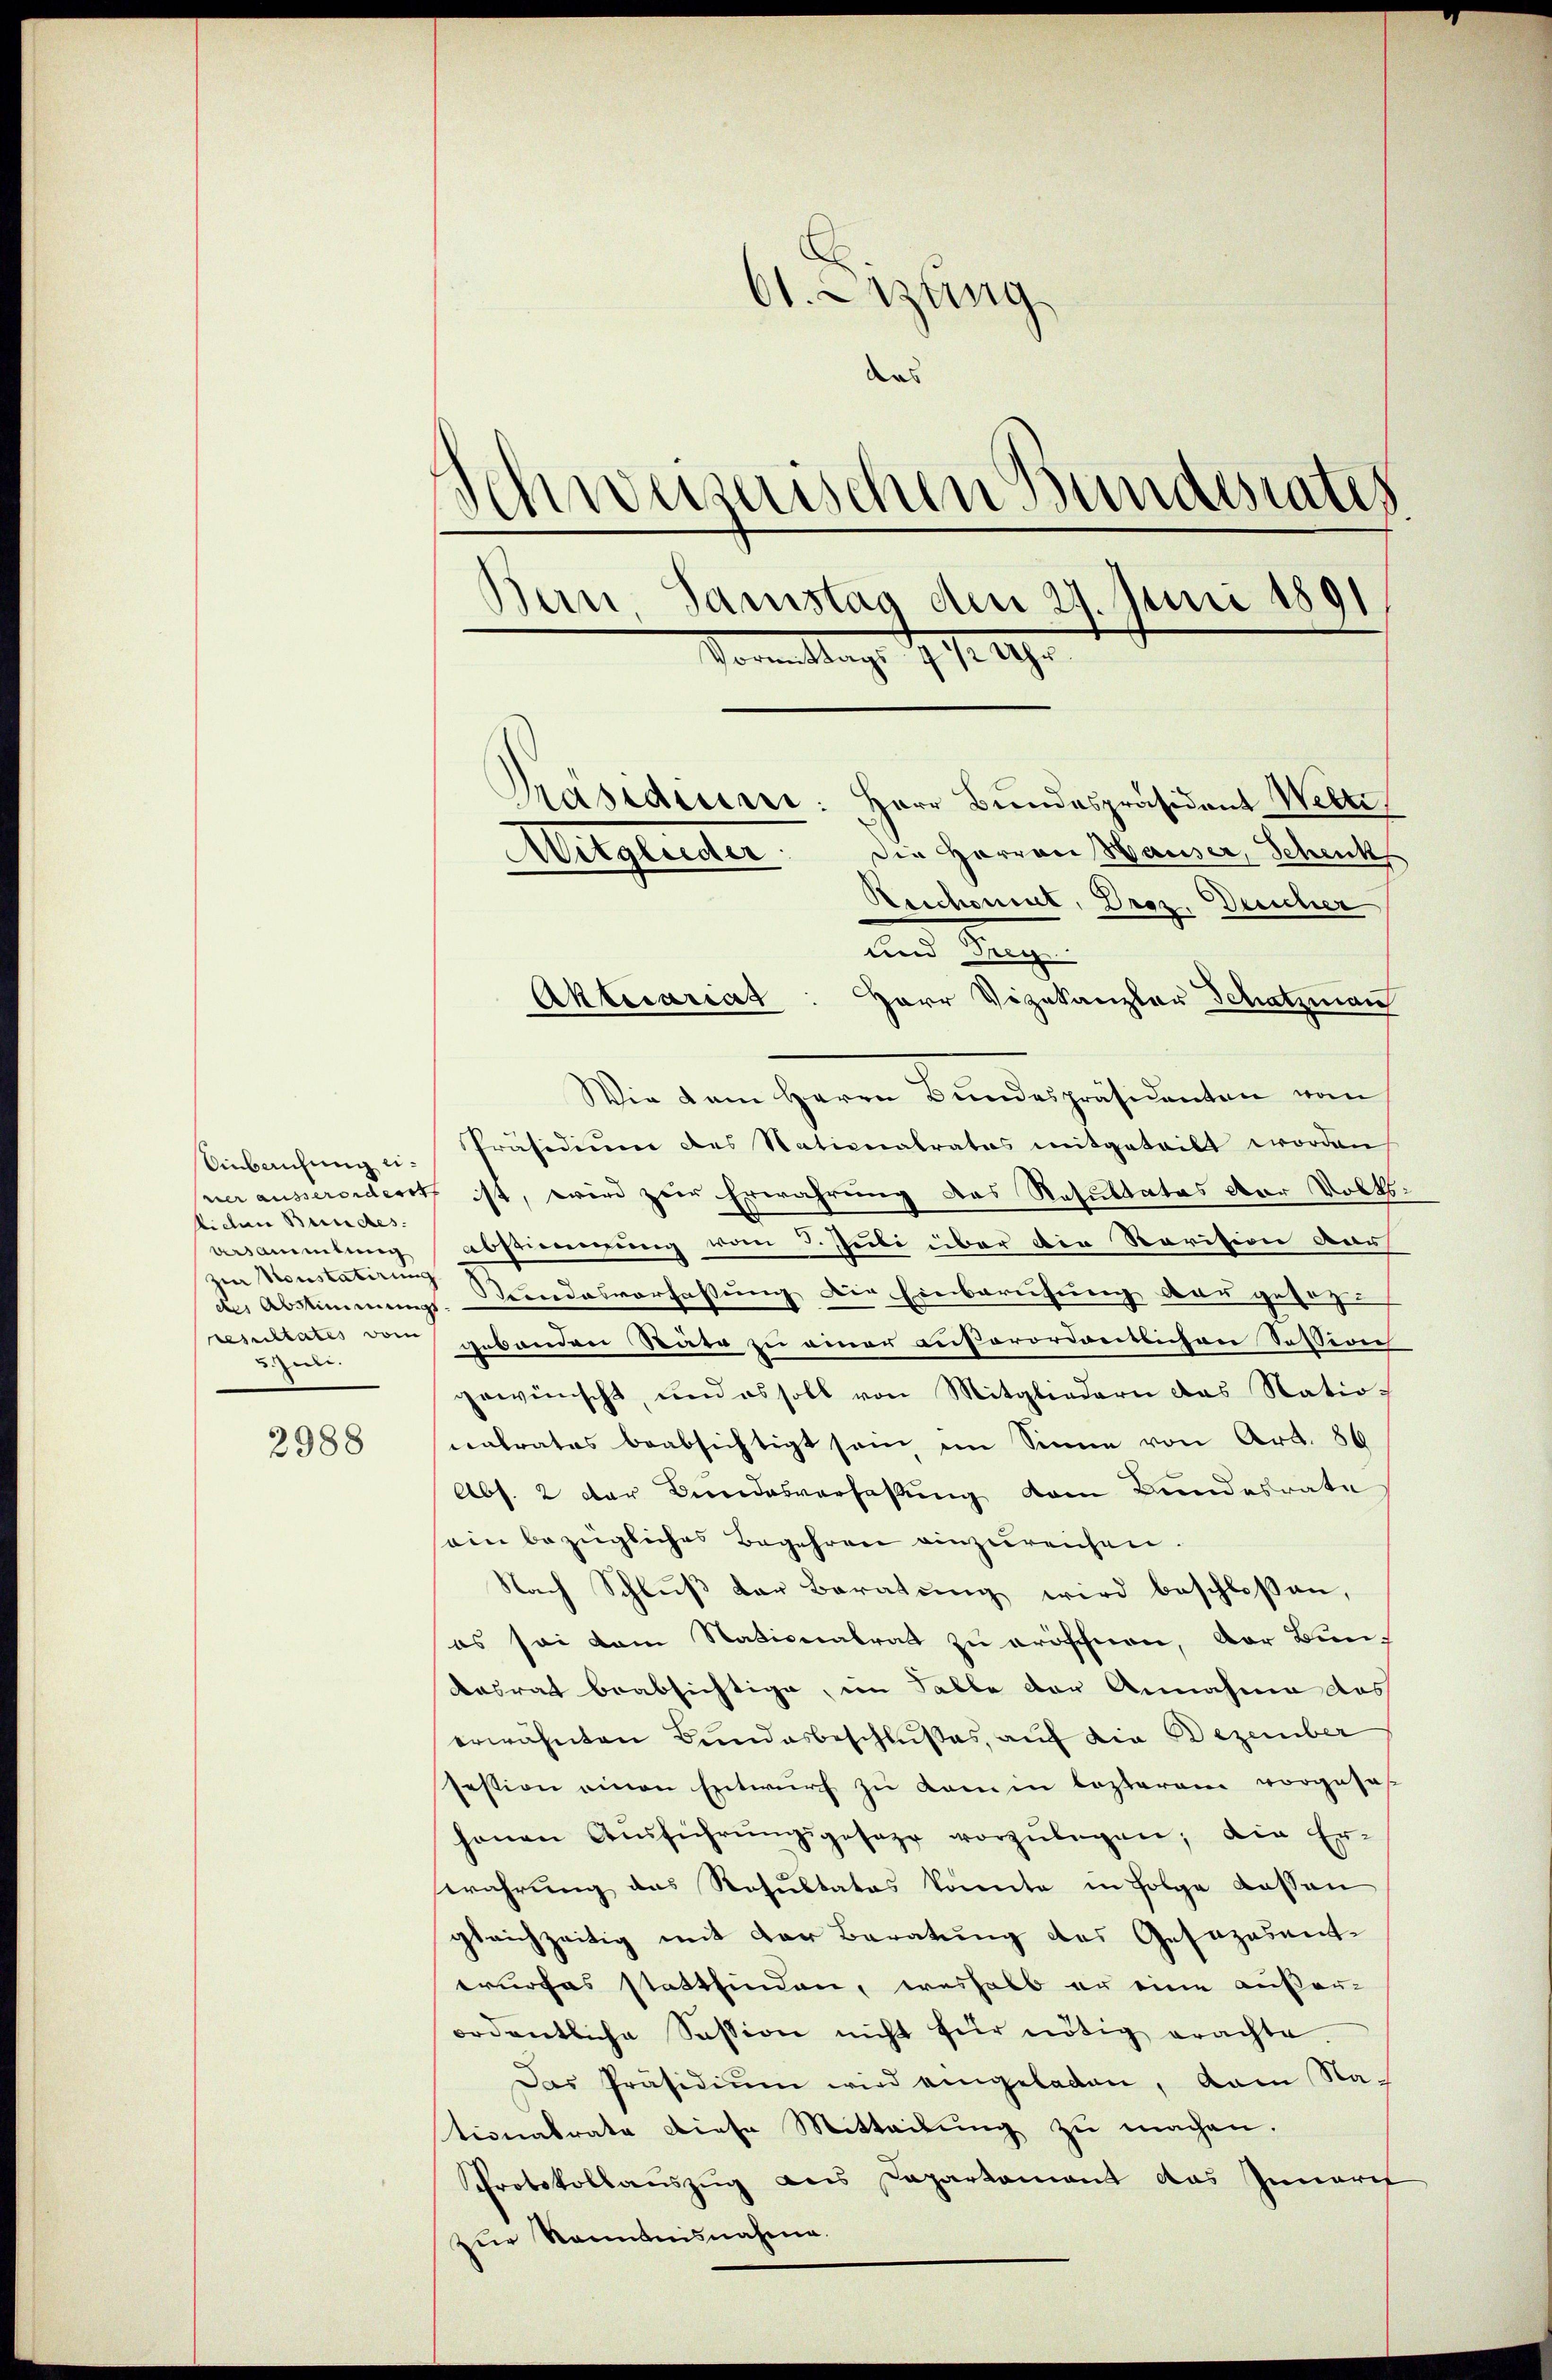
Einblichung eitiden Bundes.
zur Konstatirung
uzen.

2988

d. Lung
das
Schweizerischen Bundesrates
Bern Samstag den 27. Juni 1891
Vormittag. 197. 199.
Präsidium: Herr Bundespräsident Wette
Die Herren Hauser, Schenk
Mitglieder
Reichenint, Droz. Deicher

uend dan
Herr Vizekanzler Schatzman
Wir dem Herrn Bundespräsidenten von
Präsidium des Nationalrates mitgeteilt worden
ner ausserordert ist, wird zur Erwährung des Resultates der Volksvrsammlung abstimmung vom 3. Juli über die Revision dar
de Abstimmungs-Kundesverfassung die Einberufung der gesagt
resultates der arbanden Räte zu einer außerordentlichen Session
gewünscht, und es soll von Mitgliedern das Natio-
natrates beabsichtigt sein im Sinne von Art. 86
Abs. 2 der Bundesverfassung dem Bundesrate
sein bezügliches Begehren einzureichen.
Nach Schluß der Beratung wird beschloßen,
es sei dem Nationalrat zu eröschien, der Bun-
Aasrat beabsichtige, im Falle der Annahme des
erwähnten Bundesbeschlußes, auf die Dezember
festion einen Entwurf zu kam in lezterem vorgeses
hanen Aŭsführŭngsgesage vorzŭlegen; die Er-
rahrung das Resultates konnte in Folge dessen
gleichzeitig mit der Beratung des Gesezesentwurfes stattfinden, weshalb er eine außer-
ordentliche Session nicht für nötig erachte.
Das Präsidiŭm wird eingeladen, dam Nationalrate diese Mitteilung zu machen.
Protokollauszug des Capartament das Inneret
zur Kenntnisnahme.

Aktuariat